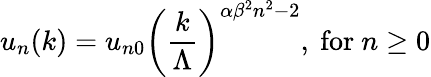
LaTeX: u_{n}(k)=u_{n0}\left({\frac{k}{\Lambda}}\right)^{\alpha\beta^{2}n^{2}-2},{\mathrm{~for~}}n\ge 0